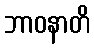
ဘာဝနာတိ